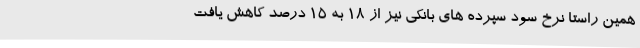
همین راستا نرخ سود سپرده های بانکی نیز از 18 به 15 درصد کاهش یافت